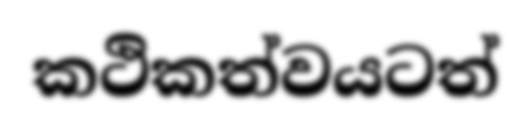
කථිකත්වයටත්